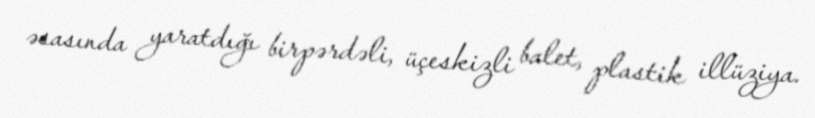
əsasında yaratdığı birpərdəli, üçeskizli balet, plastik illüziya.